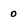
Character: 0